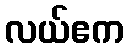
လယ်ဧက